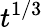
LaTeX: t^{1/3}